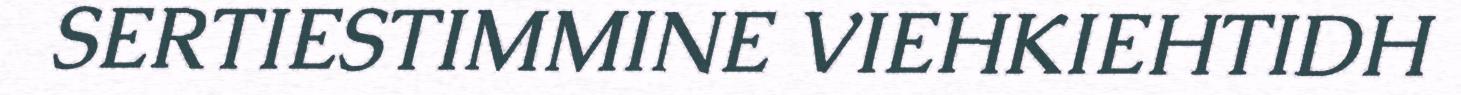
SERTIESTIMMINE VIEHKIEHTIDH